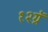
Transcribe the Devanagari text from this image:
१२ग्रॅ